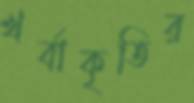
খর্বাকৃতির